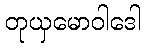
တုယှမောဝါဒေါ